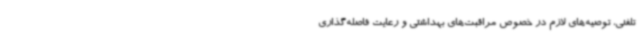
تلفنی، توصیه‌های لازم در خصوص مراقبت‌های بهداشتی و رعایت فاصله‌گذاری